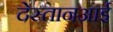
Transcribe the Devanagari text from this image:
देस्तानआई